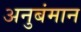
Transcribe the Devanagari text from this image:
अनुबंमान